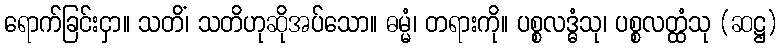
ရောက်ခြင်းငှာ။ သတိံ၊ သတိဟုဆိုအပ်သော။ ဓမ္မံ၊ တရားကို။ ပစ္စလဒ္ဓံသု၊ ပစ္စလတ္ထံသု (ဆဋ္ဌ)